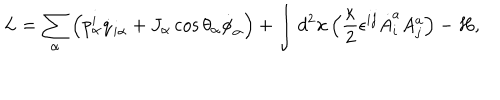
L = \sum _ { \alpha } \left( p _ { \alpha } ^ { i } \dot { q } _ { i \alpha } + J _ { \alpha } \cos \theta _ { \alpha } \dot { \phi } _ { \alpha } \right) + \int d ^ { 2 } { \bf x } \left( { \frac { \kappa } { 2 } } \epsilon ^ { i j } \dot { A } _ { i } ^ { a } A _ { j } ^ { a } \right) - H ,